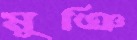
মুঞি